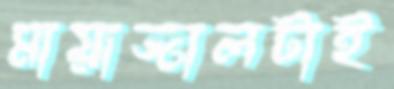
মায়াজালটাই